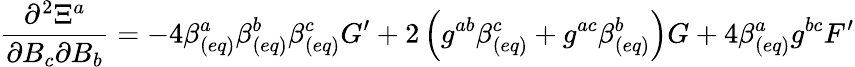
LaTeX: \frac{\partial^{2}\Xi^{a}}{\partial B_{c}\partial B_{b}}=-4\beta_{(eq)}^{a}\beta_{(eq)}^{b}\beta_{(eq)}^{c}G^{\prime}+2\left(g^{ab}\beta_{(eq)}^{c}+g^{ac}\beta_{(eq)}^{b}\right)G+4\beta_{(eq)}^{a}g^{bc}F^{\prime}